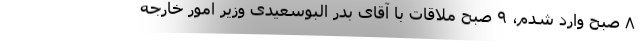
۸ صبح وارد شدم، ۹ صبح ملاقات با آقای بدر البوسعیدی وزیر امور خارجه